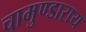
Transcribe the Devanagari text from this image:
चामुण्डाराय